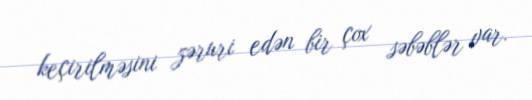
keçirilməsini zəruri edən bir çox səbəblər var.